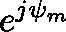
e ^ { j { \mathbf { \psi } } _ { m } }